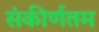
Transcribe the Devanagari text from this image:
संकीर्णतम